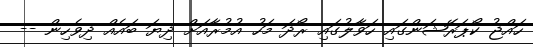
ހައްޖު ކޯޕަރޭޝަންގައި ހަވާލުގައި ރޯދަ މަހު އުމުރާއަށް ދިޔަ ބައެއް ދިވެހިން --